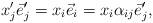
LaTeX: \begin{align*}\begin{aligned} x_j'\vec e_j'=x_i\vec e_i=x_i\alpha_{ij}\vec e_j', \end{aligned}\end{align*}